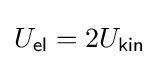
U_{\mathsf {el}}=2U_{\mathsf {kin}}